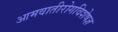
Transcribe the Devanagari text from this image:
आमवातीरोगविशेषज्ञ